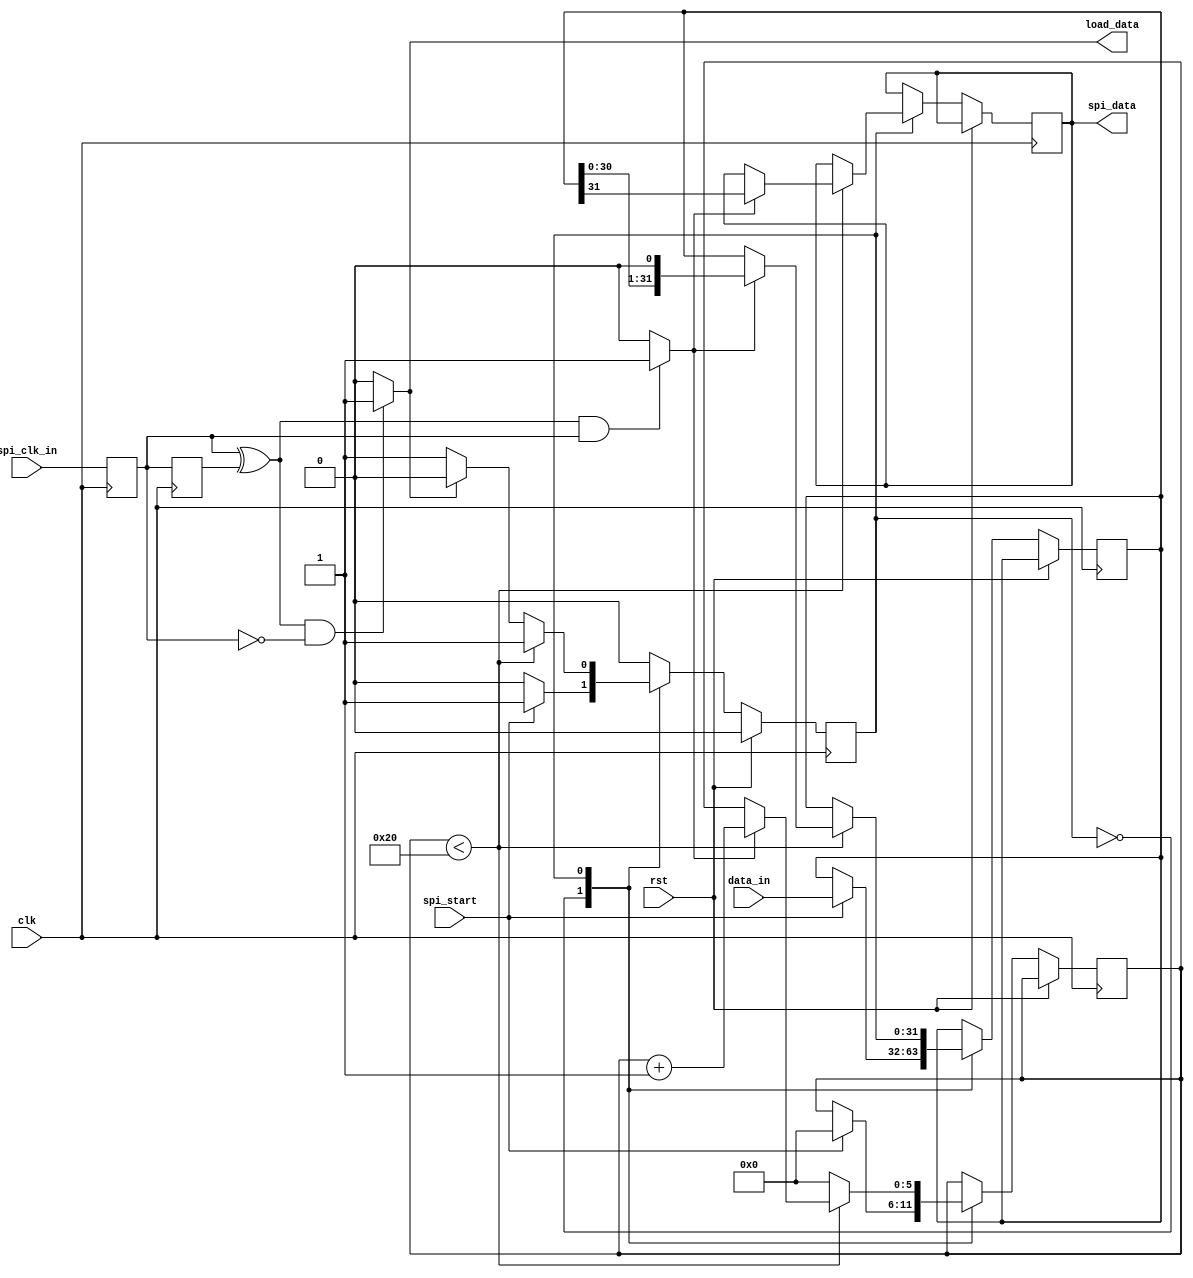



module spi_slave (
			input wire clk,
			input wire rst,			
			input wire spi_start,
			output wire load_data,
			input wire [31:0] data_in,
			output reg spi_data,
			input wire spi_clk_in

		);



reg spi_clk_prev,
    spi_clk,
    state;


reg [5:0] bit_ctr;
reg [31:0] data;

parameter START = 1'b0,
	  DATA = 1'b1;

assign latch_data = ((spi_clk ^ spi_clk_prev) && spi_clk) ? 1'b1 : 1'b0;
assign load_data = ((spi_clk ^ spi_clk_prev) && !spi_clk) ? 1'b1 : 1'b0;	


always @(posedge clk) begin

spi_clk <= spi_clk_in;
spi_clk_prev <= spi_clk;

if(rst) begin				

state <= START;


end

else
case(state)


	START:
		if(spi_start) begin			
		
		state <= DATA;
		data <= data_in;
		bit_ctr <= 6'd0;

		end
	DATA:
		begin

		if(bit_ctr < 6'd32) begin

			if(latch_data) begin

			spi_data <= data[31];
			data <= data << 1;
			bit_ctr <= bit_ctr + 1'b1;

			end
		end
		else begin

		bit_ctr <= 6'd0;	
		if(load_data)			
		
		state <= START;
		end
	
		end

endcase

end


endmodule